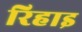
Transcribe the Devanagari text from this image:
रिहाइ